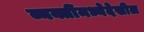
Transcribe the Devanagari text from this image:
व्यक्तींमध्येदेखील